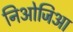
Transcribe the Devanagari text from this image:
निओजिआ